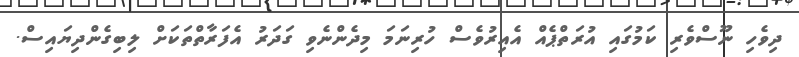
ދިވެހި ނޫސްވެރި ކަމުގައި އުރަތްޕެއް އެއިރުވެސް ހުރިނަމަ މިދެންނެވި ގަދަރު އެފަރާތްތަކަށް ލިބިގެންދިޔައިސް.